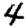
Digit: 4